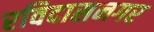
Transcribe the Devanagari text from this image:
रविदासनगर